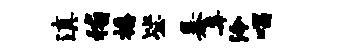
滇稽播毖暴毒泠唱